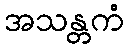
အသန္တကံ